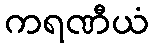
ကရဏီယံ